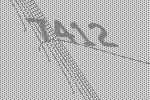
7412